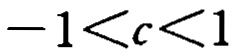
\(-1 < c < 1\)